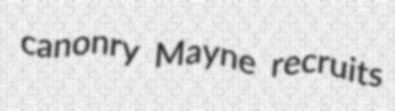
canonry Mayne recruits